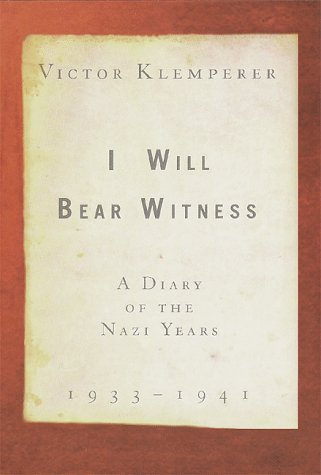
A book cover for I Will Bear Witness: A Diary of the Nazi Years, 1933-1941; Victor Klemperer; Biographies & Memoirs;